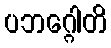
ပဘဂ္ဂေါတိ